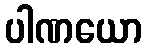
ပါဏယော